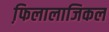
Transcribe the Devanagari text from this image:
फि़लालाजिकल